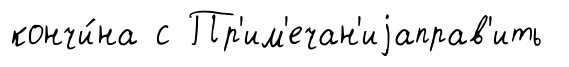
кончи́на с Пр'им'ечан'иjаправ'ить